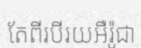
តែពីរបីរយអឺរ៉ូជា